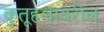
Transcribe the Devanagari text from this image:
कुतूहलावरील